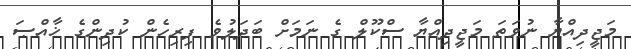
މަޖީދިއްޔާ ނުވަތަ މަޖީދިއްޔާ ސްކޫލް ގެ ނަމަށް ބަދަލުވެ ފިރިހެން ކުދިންގެ ޚާއްޞަ